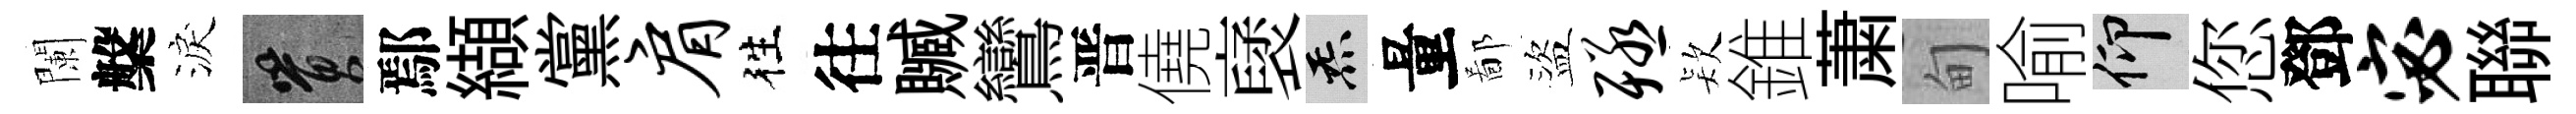
闌槃淚篔鄢纈黨肩徃往贓鸞晋僥裦炁量鄙盜殛𣣇錐䔥甸喻仰您鄧宓聯